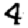
Digit: 4